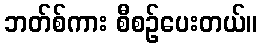
ဘတ်စ်ကား စီစဉ်ပေးတယ်။